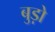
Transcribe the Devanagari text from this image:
बुड़ो